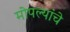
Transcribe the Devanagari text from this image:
मोपल्यांचे